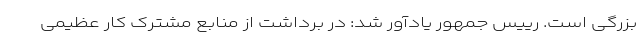
بزرگی است. رییس جمهور یادآور شد: در برداشت از منابع مشترک کار عظیمی